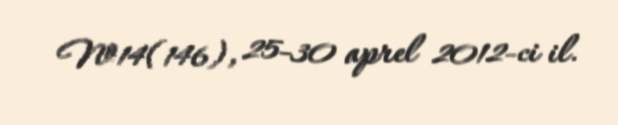
№14(146), 25-30 aprel 2012-ci il.